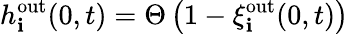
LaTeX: h_{\mathbf{i}}^{\mathrm{{out}}}(0,t)=\Theta\left(1-\xi_{\mathbf{i}}^{\mathrm{{out}}}(0,t)\right)